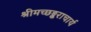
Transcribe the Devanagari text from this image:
श्रीमच्छङ्कराचार्य